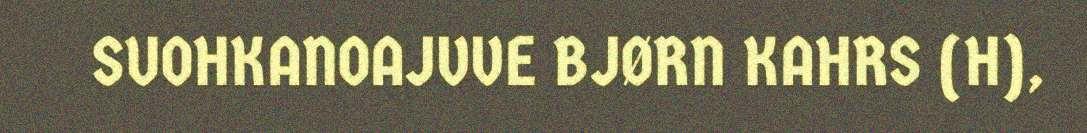
SUOHKANOAJVVE BJØRN KAHRS (H),